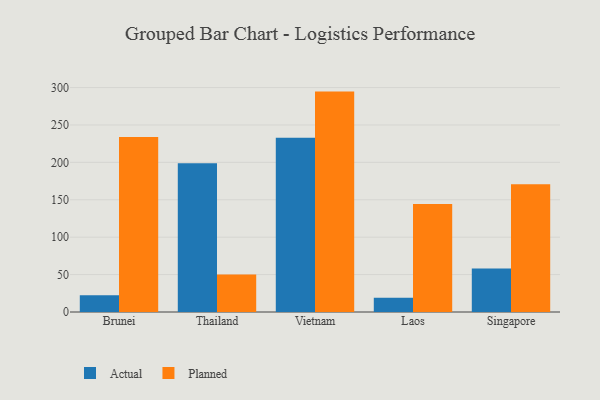
{"axis": {"x": "Country", "y": "Tickets Resolved"}, "legend": ["Actual", "Planned"], "data": [{"x": "Brunei", "y": 22.4, "type": "Actual"}, {"x": "Brunei", "y": 233.8, "type": "Planned"}, {"x": "Thailand", "y": 198.9, "type": "Actual"}, {"x": "Thailand", "y": 50.2, "type": "Planned"}, {"x": "Vietnam", "y": 232.8, "type": "Actual"}, {"x": "Vietnam", "y": 294.6, "type": "Planned"}, {"x": "Laos", "y": 19.1, "type": "Actual"}, {"x": "Laos", "y": 144.4, "type": "Planned"}, {"x": "Singapore", "y": 58.3, "type": "Actual"}, {"x": "Singapore", "y": 170.6, "type": "Planned"}]}